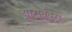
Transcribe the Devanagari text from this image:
झोटोबॅक्टर